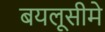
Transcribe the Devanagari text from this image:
बयलूसीमे